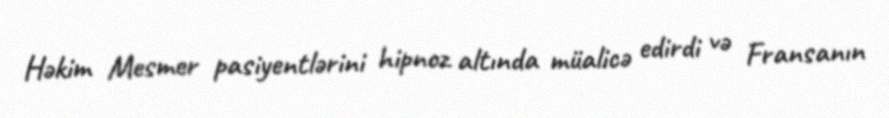
Həkim Mesmer pasiyentlərini hipnoz altında müalicə edirdi və Fransanın